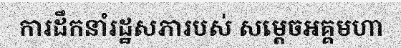
ការដឹកនាំរដ្ឋសភារបស់ សម្តេចអគ្គមហា